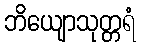
ဘိယျောသုတ္တရံ